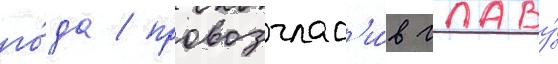
го́да / провозглас'и́в главу́